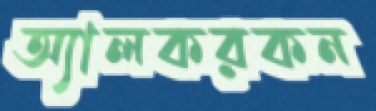
অ্যালকরকন